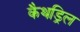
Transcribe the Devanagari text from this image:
कैथड्रिल